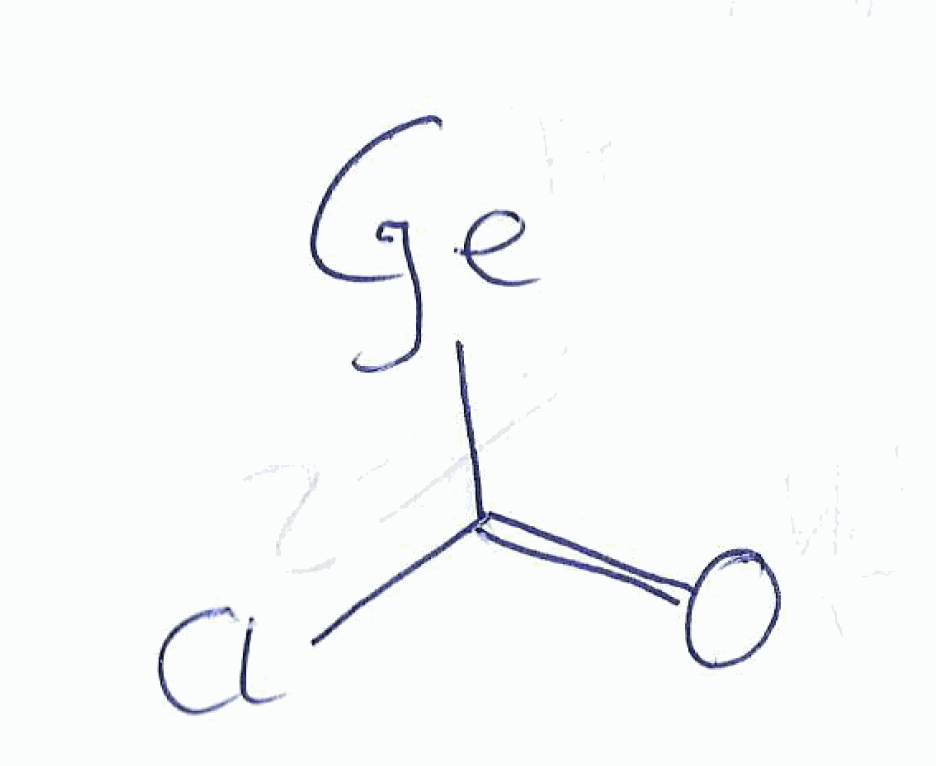
Simplified molecular-input line-entry system (SMILES) notation of the given molecule:
C(=O)(Cl)[Ge]